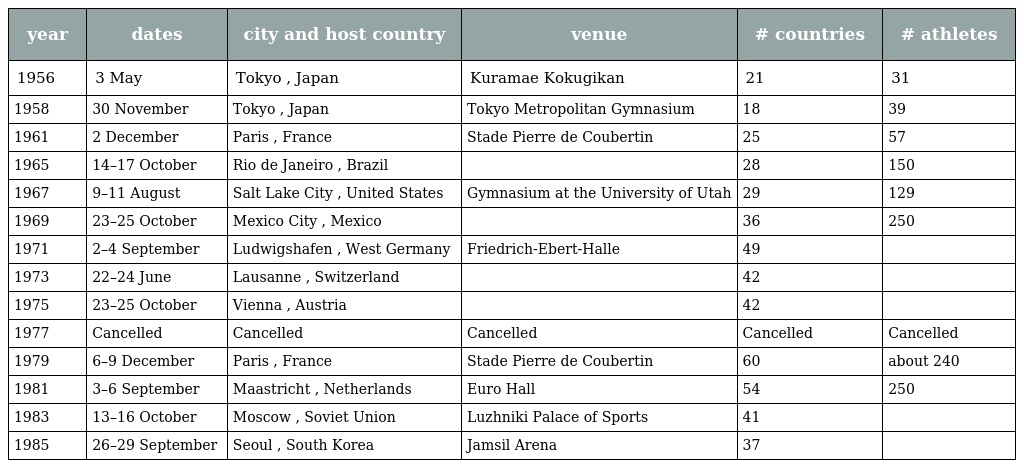
| year | dates | city and host country | venue | # countries | # athletes |
 | --- | --- | --- | --- | --- | --- |
 | 1956 | 3 May | Tokyo , Japan | Kuramae Kokugikan | 21 | 31 |
 | 1958 | 30 November | Tokyo , Japan | Tokyo Metropolitan Gymnasium | 18 | 39 |
 | 1961 | 2 December | Paris , France | Stade Pierre de Coubertin | 25 | 57 |
 | 1965 | 14–17 October | Rio de Janeiro , Brazil |  | 28 | 150 |
 | 1967 | 9–11 August | Salt Lake City , United States | Gymnasium at the University of Utah | 29 | 129 |
 | 1969 | 23–25 October | Mexico City , Mexico |  | 36 | 250 |
 | 1971 | 2–4 September | Ludwigshafen , West Germany | Friedrich-Ebert-Halle | 49 |  |
 | 1973 | 22–24 June | Lausanne , Switzerland |  | 42 |  |
 | 1975 | 23–25 October | Vienna , Austria |  | 42 |  |
 | 1977 | Cancelled | Cancelled | Cancelled | Cancelled | Cancelled |
 | 1979 | 6–9 December | Paris , France | Stade Pierre de Coubertin | 60 | about 240 |
 | 1981 | 3–6 September | Maastricht , Netherlands | Euro Hall | 54 | 250 |
 | 1983 | 13–16 October | Moscow , Soviet Union | Luzhniki Palace of Sports | 41 |  |
 | 1985 | 26–29 September | Seoul , South Korea | Jamsil Arena | 37 |  |